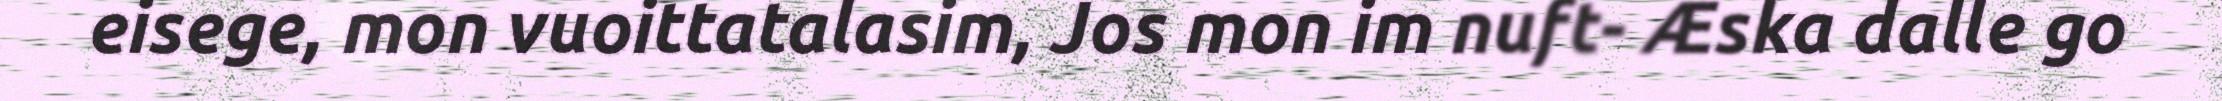
eisege, mon vuoittatalasim, Jos mon im nuft- Æska dalle go